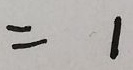
= 1